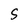
Character: S